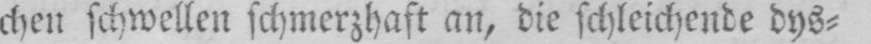
chen schwellen schmerzhaft an, die schleichende dys⸗